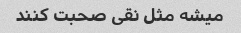
میشه مثل نقی صحبت کنند